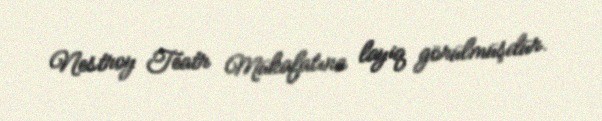
Nestroy Teatr Mükafatına layiq görülmüşdür.